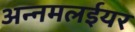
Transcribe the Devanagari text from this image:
अन्नमलईयर